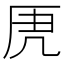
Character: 𭆄